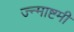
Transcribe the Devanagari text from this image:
ज्न्माष्टमी